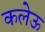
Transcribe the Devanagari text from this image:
कलेऊ